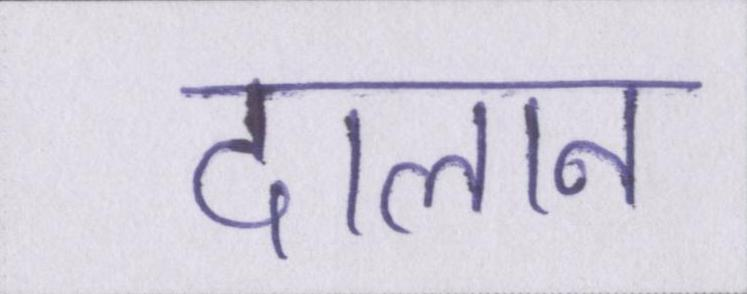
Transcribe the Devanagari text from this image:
दालान